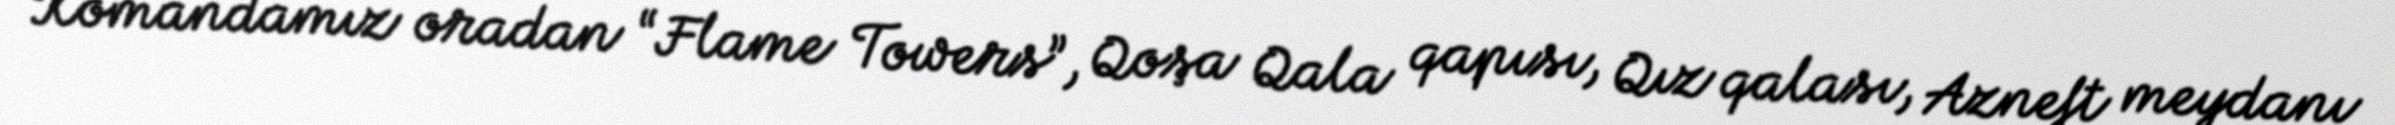
Komandamız oradan “Flame Towers”, Qoşa Qala qapısı, Qız qalası, Azneft meydanı